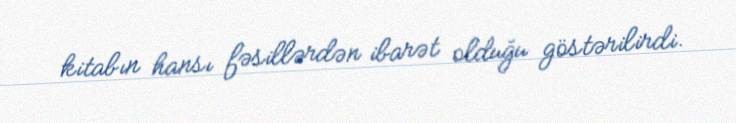
kitabın hansı fəsillərdən ibarət olduğu göstərilirdi.